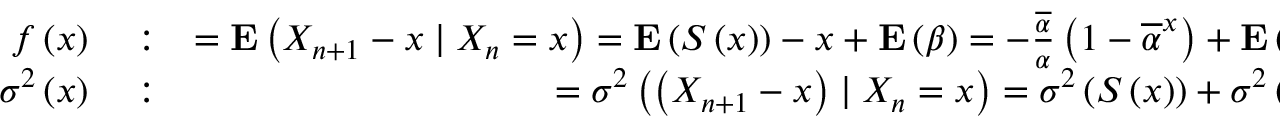
\begin{array} { r l r } { f \left( x \right) } & { { } : } & { = { \bf E } \left( X _ { n + 1 } - x \mid X _ { n } = x \right) = { \bf E } \left( S \left( x \right) \right) - x + { \bf E } \left( \beta \right) = - \frac { \overline { { \alpha } } } { \alpha } \left( 1 - \overline { { \alpha } } ^ { x } \right) + { \bf E } \left( \beta \right) } \\ { \sigma ^ { 2 } \left( x \right) } & { { } : } & { = \sigma ^ { 2 } \left( \left( X _ { n + 1 } - x \right) \mid X _ { n } = x \right) = \sigma ^ { 2 } \left( S \left( x \right) \right) + \sigma ^ { 2 } \left( \beta \right) } \end{array}